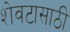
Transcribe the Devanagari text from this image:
शेवटासाठी